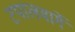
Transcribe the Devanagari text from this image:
टपालमार्गे